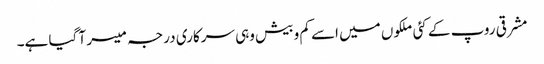
مشرقی روپ کے کئی ملکوں میں اسے کم و بیش وہی سرکاری درجہ میسر آ گیا ہے۔